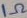
Text: 1Ω